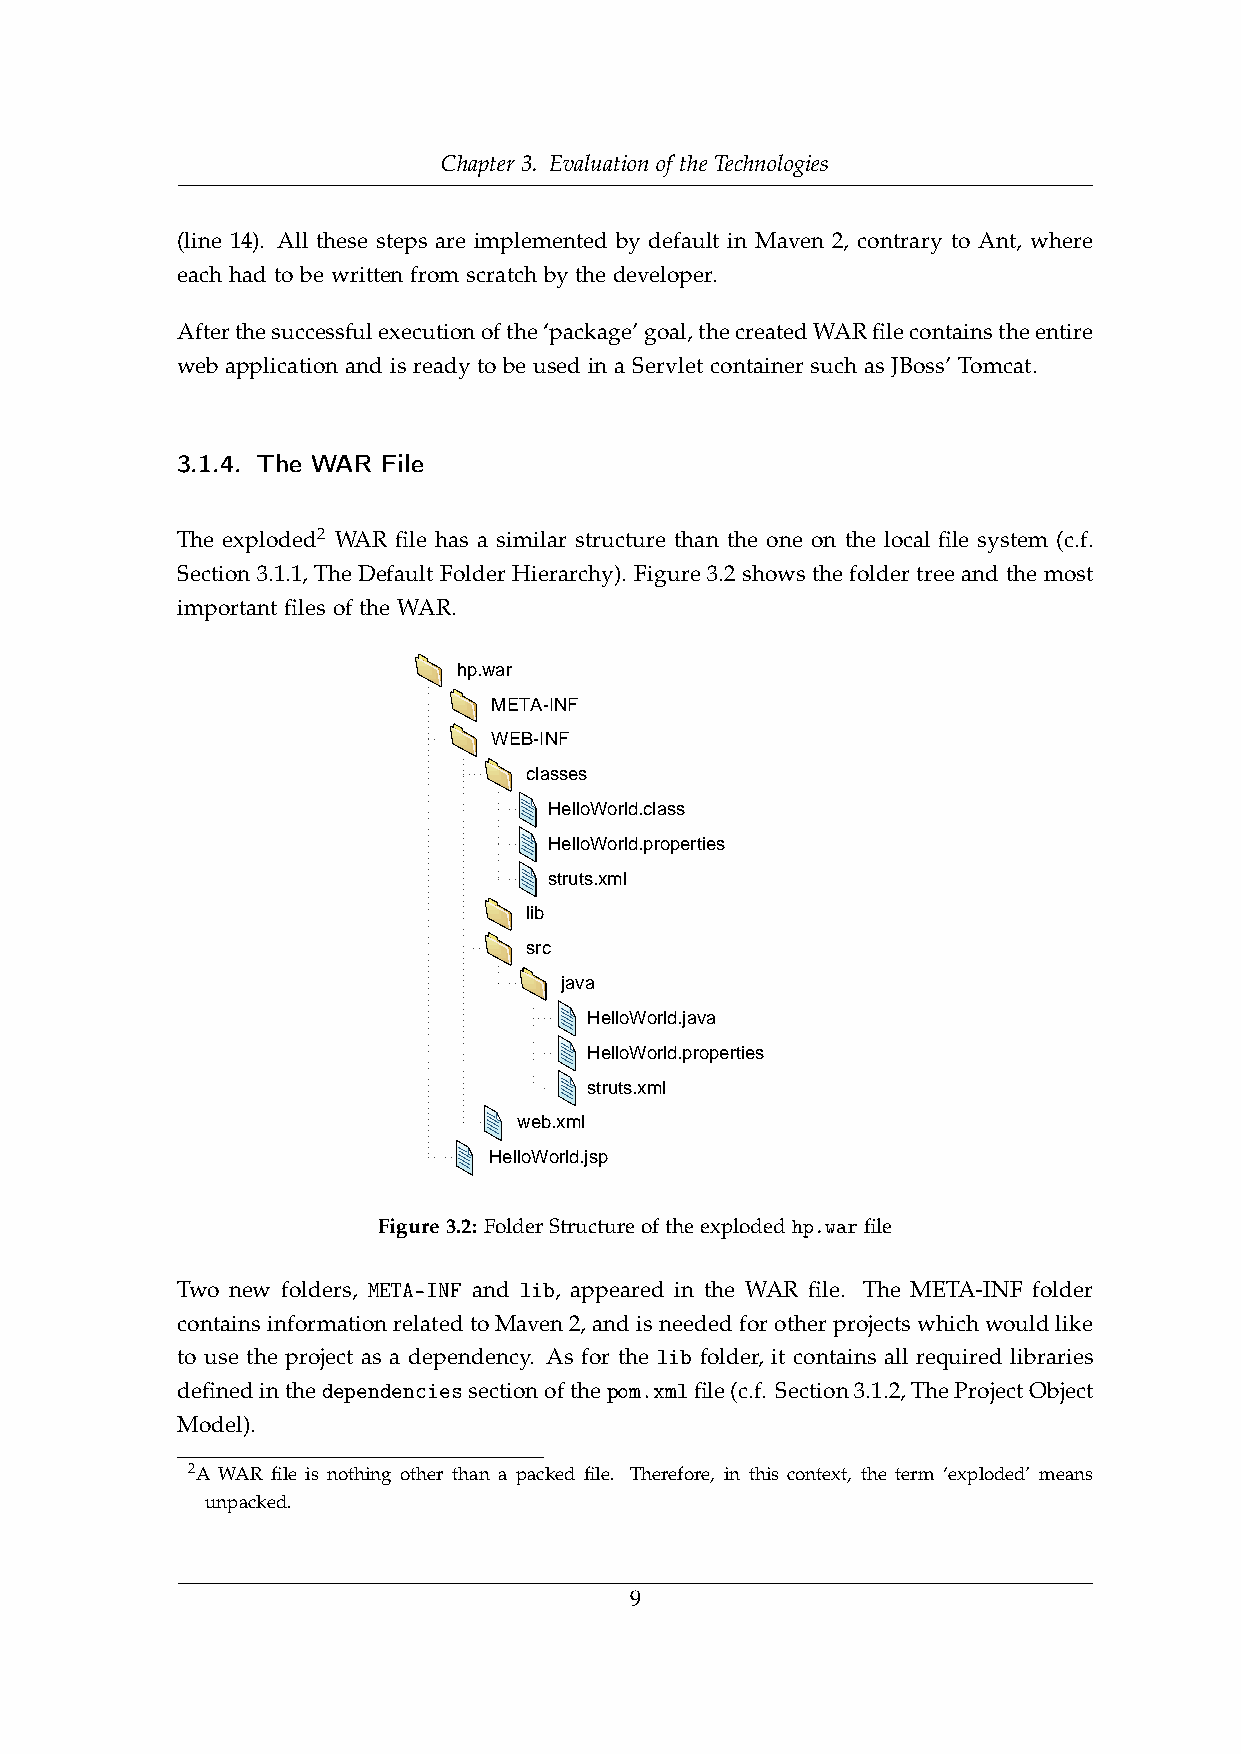
Chapter 3. Evaluation of the Technologies
 (line 14). All these steps are implemented by default in Maven 2, contrary to Ant, where
 each had to be written from scratch by the developer.
 Afterthesuccessfulexecutionofthe‘package’goal,thecreatedWARfilecontainstheentire
 web application and is ready to be used in a Servlet container such as JBoss’ Tomcat.
 3.1.4. The WAR File
 The exploded2 WAR file has a similar structure than the one on the local file system (c.f.
 Section 3.1.1, The Default Folder Hierarchy). Figure 3.2 shows the folder tree and the most
 important files of the WAR.
 hp.war
 META-INF
 WEB-INF
 classes
 HelloWorld.class
 HelloWorld.properties
 struts.xml
 lib
 src
 java
 HelloWorld.java
 HelloWorld.properties
 struts.xml
 web.xml
 HelloWorld.jsp
 Figure3.2: FolderStructureoftheexplodedhp.warfile
 Two new folders, META-INF and lib, appeared in the WAR file. The META-INF folder
 containsinformationrelatedtoMaven2,andisneededforotherprojectswhichwouldlike
 to use the project as a dependency. As for the lib folder, it contains all required libraries
 definedinthedependenciessectionofthepom.xmlfile(c.f. Section3.1.2,TheProjectObject
 Model).
 2A WAR file is nothing other than a packed file. Therefore, in this context, the term ‘exploded’ means
 unpacked.
 9